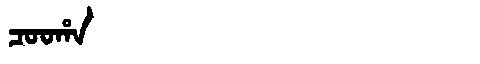
Manchu: ᠴᠣᠣᡥᠠ
Romanization: COOHA